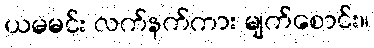
ယမမင်း လက်နက်ကား မျက်စောင်း။